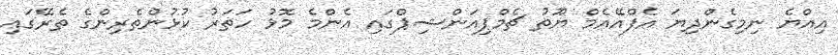
އިއްޔެ ނިމިގެންދިޔަ އެފްއޭއެމް ޔޫތު ޗެމްޕިއަންޝިޕްގައި އެންމެ މޮޅު ހަތަރު ކުޅުންތެރިންގެ ތެރޭގައި